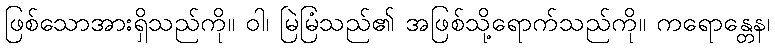
ဖြစ်သောအားရှိသည်ကို။ ဝါ၊ မြဲမြံသည်၏ အဖြစ်သို့ရောက်သည်ကို။ ကရောန္တေန၊